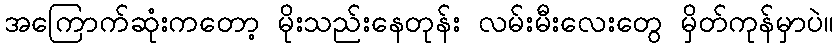
အကြောက်ဆုံးကတော့ မိုးသည်းနေတုန်း လမ်းမီးလေးတွေ မှိတ်ကုန်မှာပဲ။